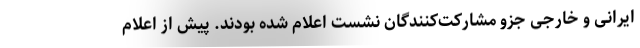
ایرانی و خارجی جزو مشارکت‌کنندگان نشست اعلام شده بودند. پیش از اعلام